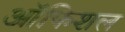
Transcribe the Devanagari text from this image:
ऑफिशल